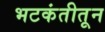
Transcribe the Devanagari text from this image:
भटकंतीतून